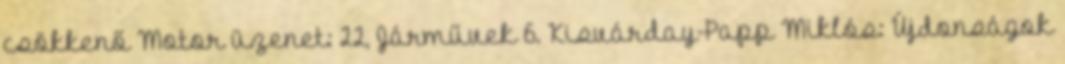
csökkenő Motor üzenet: 22, Járművek 6. Kisvárday-Papp Miklós: Újdonságok